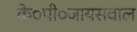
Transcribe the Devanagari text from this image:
के०पी०जायसवाल